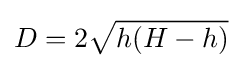
D=2{\sqrt {h(H-h)}}